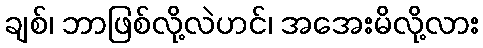
ချစ်၊ ဘာဖြစ်လို့လဲဟင်၊ အအေးမိလို့လား